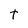
Character: t